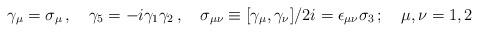
LaTeX: \begin{align*}\gamma_{\mu}=\sigma_{\mu}\,,\quad\gamma_{5}=-i\gamma_{1}\gamma_{2}\,,\quad\sigma_{\mu\nu}\equiv[\gamma_{\mu},\gamma_{\nu}]/2i=\epsilon_{\mu\nu}\sigma_{3}\,;\quad\mu,\nu=1,2\end{align*}